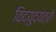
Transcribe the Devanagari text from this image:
विद्युद्यंत्रों